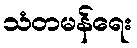
သံတမန်ရေး